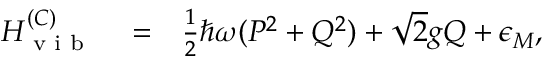
\begin{array} { r l r } { H _ { \textrm { v i b } } ^ { ( C ) } } & { { } = } & { \frac { 1 } { 2 } \hbar \omega ( P ^ { 2 } + Q ^ { 2 } ) + \sqrt { 2 } g Q + \epsilon _ { M } , } \end{array}